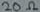
Text: 20Ω